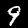
Digit: 9